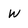
Character: W